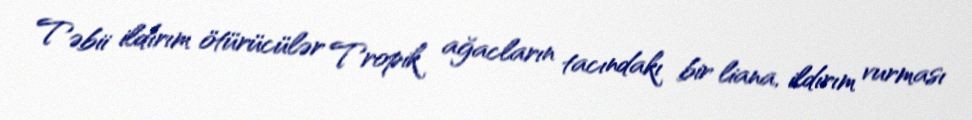
Təbii ildırım ötürücülər Tropik ağacların tacındakı bir liana, ildırım vurması